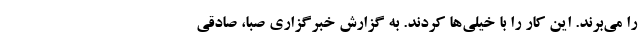
را می‌برند. این کار را با خیلی‌ها کردند. به گزارش خبرگزاری صبا، صادقی